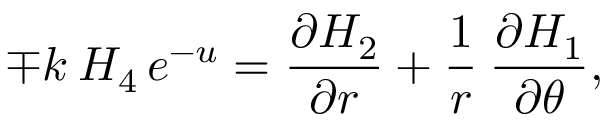
{ \mp k \: H _ { 4 } } \, { e \sp { - u } } = \frac { \partial H _ { 2 } } { \partial r } + \frac { 1 } { r } \: \frac { \partial H _ { 1 } } { \partial \theta } ,